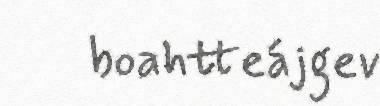
boahtteájgev